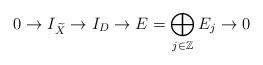
LaTeX: \begin{align*}0 \rightarrow I_{\widetilde{X}} \rightarrow I_{D} \rightarrow E =\bigoplus_{j \in \mathbb{Z}} E_j \rightarrow 0\end{align*}